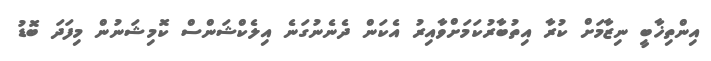
އިންތިޚާބީ ނިޒާމަށް ކުރާ އިތުބާރުކަމަށްވާއިރު އެކަން ދެނެނުގަނެ އިލެކްޝަންސް ކޮމިޝަނުން މިފަދަ ބޮޑު